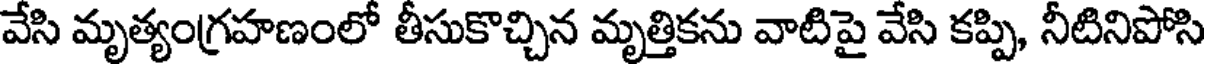
వేసి మృత్యంగ్రహణంలో తీసుకొచ్చిన మృత్తికను వాటిపై వేసి కప్పి, నీటినిపోసి